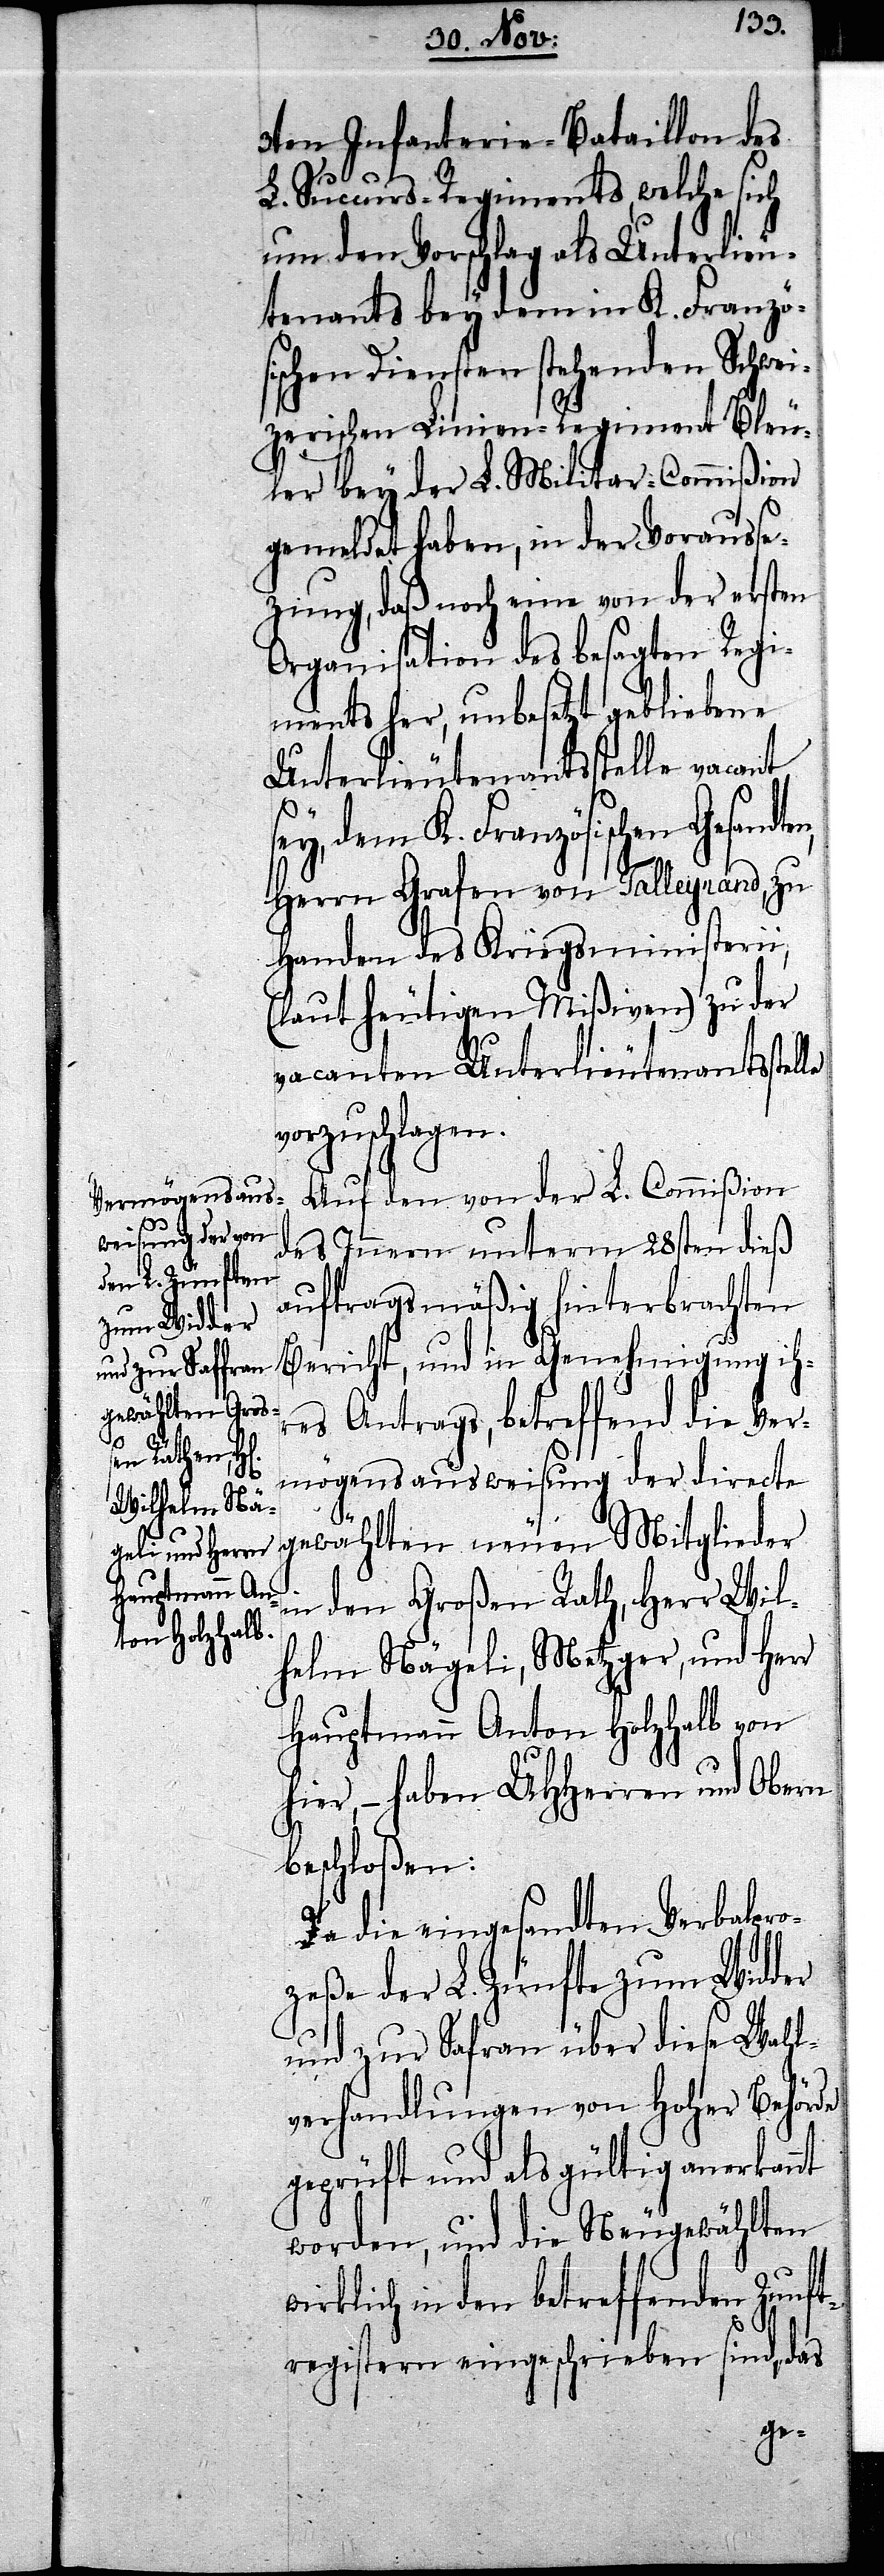
ten,

3ten Infanterie-Bataillon des
L. Succurs-Regiments, welche sich
um den Vorschlag als Unterlieu¬
tenants bey dem in K. Französ¬
ischen Diensten stehenden Schwei¬
zerischen Linien-Regiment Bleu¬
ler bey der L. Militar-Commißion
gemeldet haben, in der Vorausse¬
zung, daß noch eine von der ersten
Organisation des besagten Regi¬
ments her, unbesetzt gebliebene
Unterlieutenantsstelle vacant
ey, dem K. Französischen Gesand¬
Herrn Grafen von Talleyrand, zu
Handen des Kriegsministerii,
(laut heutigen Mißiven) zu der
vacanten Unterlieutenantsstelle
vorzuschlagen.
Auf den von der L. Commißion
des Innern unterm 28sten dieß
auftragsmäßig hinterbrachten
Bericht, und in Genehmigung ihr¬
es Antrags, betreffend die Ver¬
mögensausweisung der directe
s¬
gewählten neuen Mitglieder
in den Großen Rath, Herr Wil¬
helm Nägeli, Metzger, und Herr
Hauptmann Anton Holzhalb von
hier, – haben UHHerren und Obern
beschloßen:
Da die eingesandten Verbalpro¬
zeße der L. Zünfte zum Widder
und zur Safran über diese Wahl¬
verhandlungen von Hoher Behörde
geprüft und als gültig anerkannt
worden, und die Neugewählten
wirklich in den betreffenden Zunft¬
registern eingeschrieben sind, das